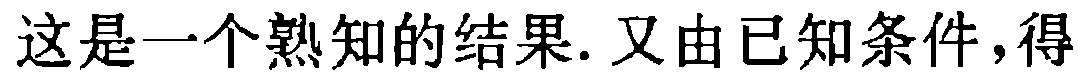
这是一个熟知的结果. 又由已知条件,得